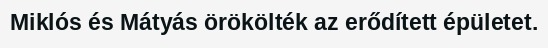
Miklós és Mátyás örökölték az erődített épületet.